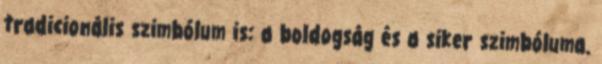
tradicionális szimbólum is: a boldogság és a siker szimbóluma.